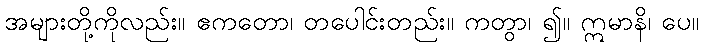
အများတို့ကိုလည်း။ ဧကတော၊ တပေါင်းတည်း။ ကတွာ၊ ၍။ ဣမာနိ၊ ပေ။